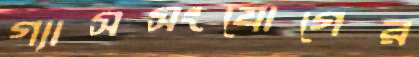
গ্যাসসংযোগের